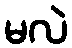
မလဲ